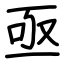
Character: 亟